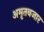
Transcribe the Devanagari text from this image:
अमृतबजार